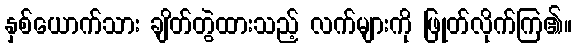
နှစ်ယောက်သား ချိတ်တွဲထားသည့် လက်များကို ဖြုတ်လိုက်ကြ၏။